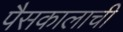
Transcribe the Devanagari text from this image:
पैसकालाची